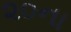
૨૦ના